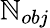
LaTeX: \mathbb{N}_{obj}